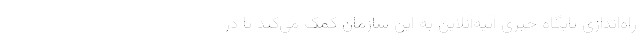
راه‌اندازی پایگاه خبری آتیه‌آنلاین به این سازمان کمک می‌کند تا در